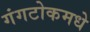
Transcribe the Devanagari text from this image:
गंगटोकमधे